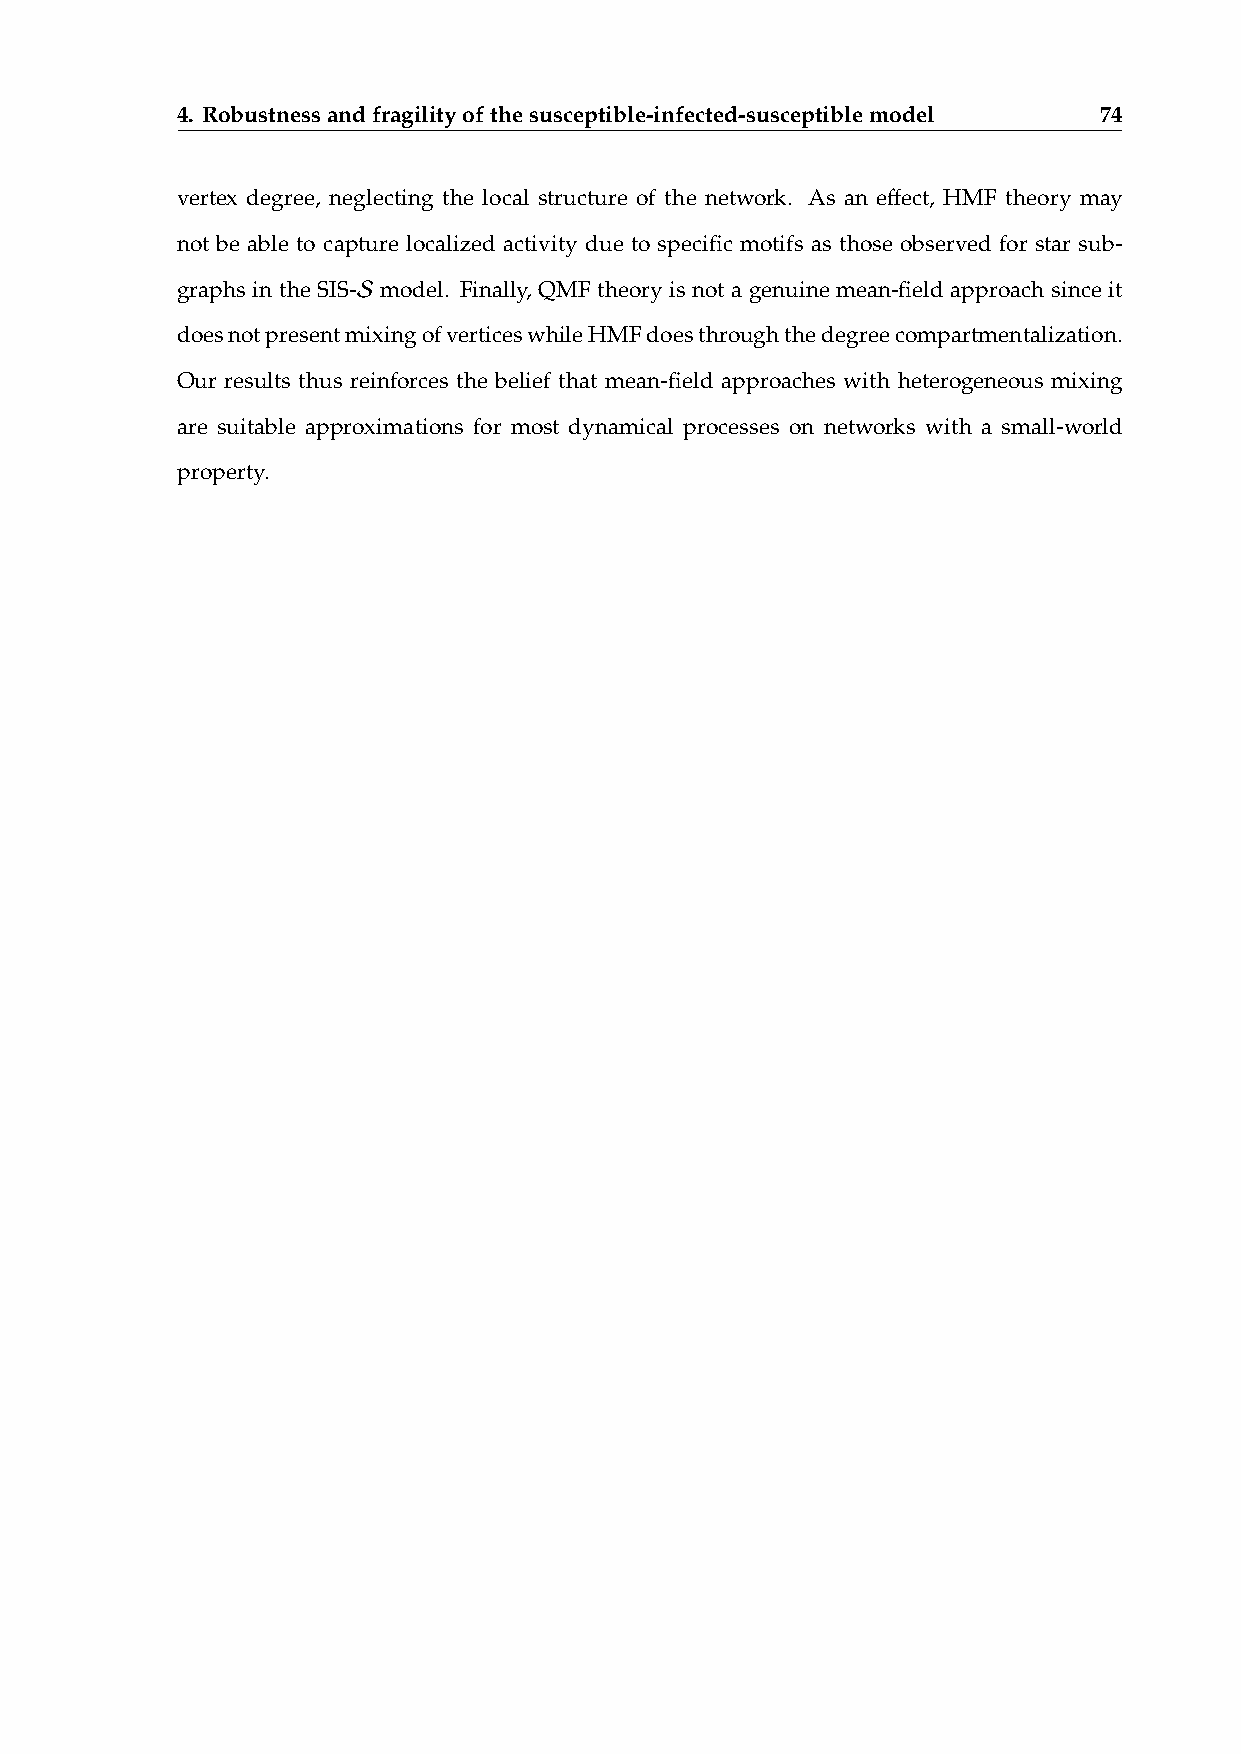
4. Robustnessandfragilityofthesusceptible-infected-susceptiblemodel 74
 vertex degree, neglecting the local structure of the network. As an effect, HMF theory may
 not be able to capture localized activity due to specific motifs as those observed for star sub-
 𝒮
 graphs in the SIS- model. Finally, QMF theory is not a genuine mean-field approach since it
 doesnotpresentmixingofverticeswhileHMFdoesthroughthedegreecompartmentalization.
 Our results thus reinforces the belief that mean-field approaches with heterogeneous mixing
 are suitable approximations for most dynamical processes on networks with a small-world
 property.